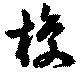
梭